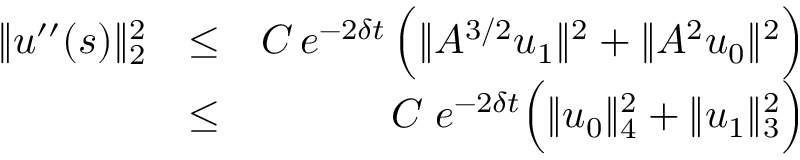
\begin{array} { r l r } { \| u ^ { \prime \prime } ( s ) \| _ { 2 } ^ { 2 } } & { \leq } & { C \, e ^ { - 2 \delta t } \, \Big ( \| A ^ { 3 / 2 } u _ { 1 } \| ^ { 2 } + \| A ^ { 2 } u _ { 0 } \| ^ { 2 } \Big ) } \\ & { \leq } & { C \; e ^ { - 2 \delta t } \Big ( \| u _ { 0 } \| _ { 4 } ^ { 2 } + \| u _ { 1 } \| _ { 3 } ^ { 2 } \Big ) } \end{array}